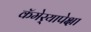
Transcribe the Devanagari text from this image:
कॅमेर्‍यापेक्षा